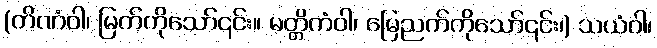
(တိဏံဝါ၊ မြက်ကိုသော်၎င်း။ မတ္တိကံဝါ၊ မြေညက်ကိုသော်၎င်း၊) သယံဝါ၊